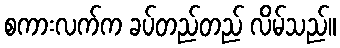
စကားလက်က ခပ်တည်တည် လိမ်သည်။